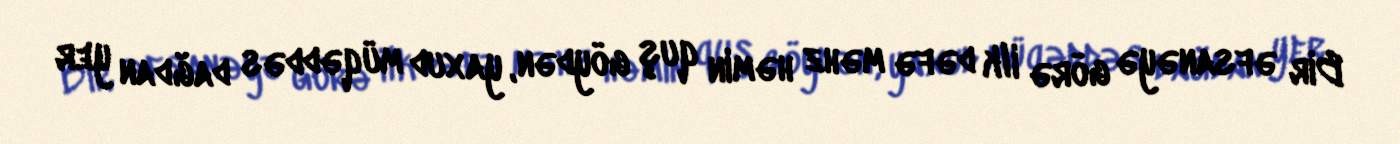
Bir əfsanəyə görə ilk dəfə məhz həmin quş göydən, yaxud müqəddəs dağdan yer